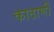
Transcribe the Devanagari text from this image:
काठाणी